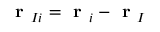
\textbf { r } _ { I i } = \textbf { r } _ { i } - \textbf { r } _ { I }